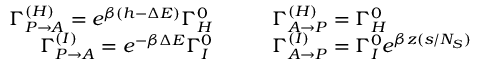
\begin{array} { r l } { \Gamma _ { P \to A } ^ { ( H ) } = e ^ { \beta ( h - \Delta E ) } \Gamma _ { H } ^ { 0 } \quad \quad } & { { } \Gamma _ { A \to P } ^ { ( H ) } = \Gamma _ { H } ^ { 0 } } \\ { \Gamma _ { P \to A } ^ { ( I ) } = e ^ { - \beta \Delta E } \Gamma _ { I } ^ { 0 } \quad \quad } & { { } \Gamma _ { A \to P } ^ { ( I ) } = \Gamma _ { I } ^ { 0 } e ^ { \beta z ( s / N _ { S } ) } } \end{array}